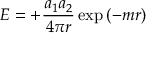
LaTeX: E = + { \frac { a _ { 1 } a _ { 2 } } { 4 \pi r } } \exp \left( - m r \right)